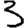
Digit: 3